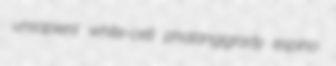
unsapient white-cell phalangigrady espino